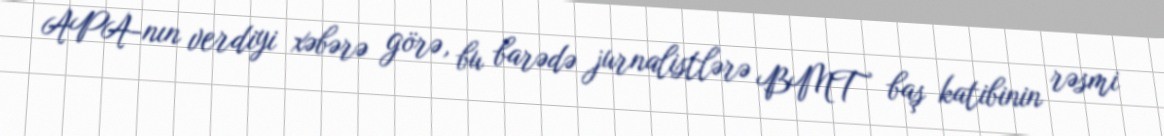
APA-nın verdiyi xəbərə görə, bu barədə jurnalistlərə BMT baş katibinin rəsmi